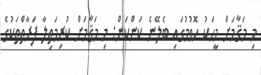
މި މަޤާމަށް މީހަކު ހޮވުމުގައި ބެލޭނެ ކަންކަން: މި މަޤާމަށް ކުރިމަތިލާ ފަރާތްތަކުގެ